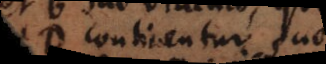
D continentur suo,